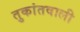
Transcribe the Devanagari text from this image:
तुकांतवाली